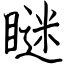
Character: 瞇